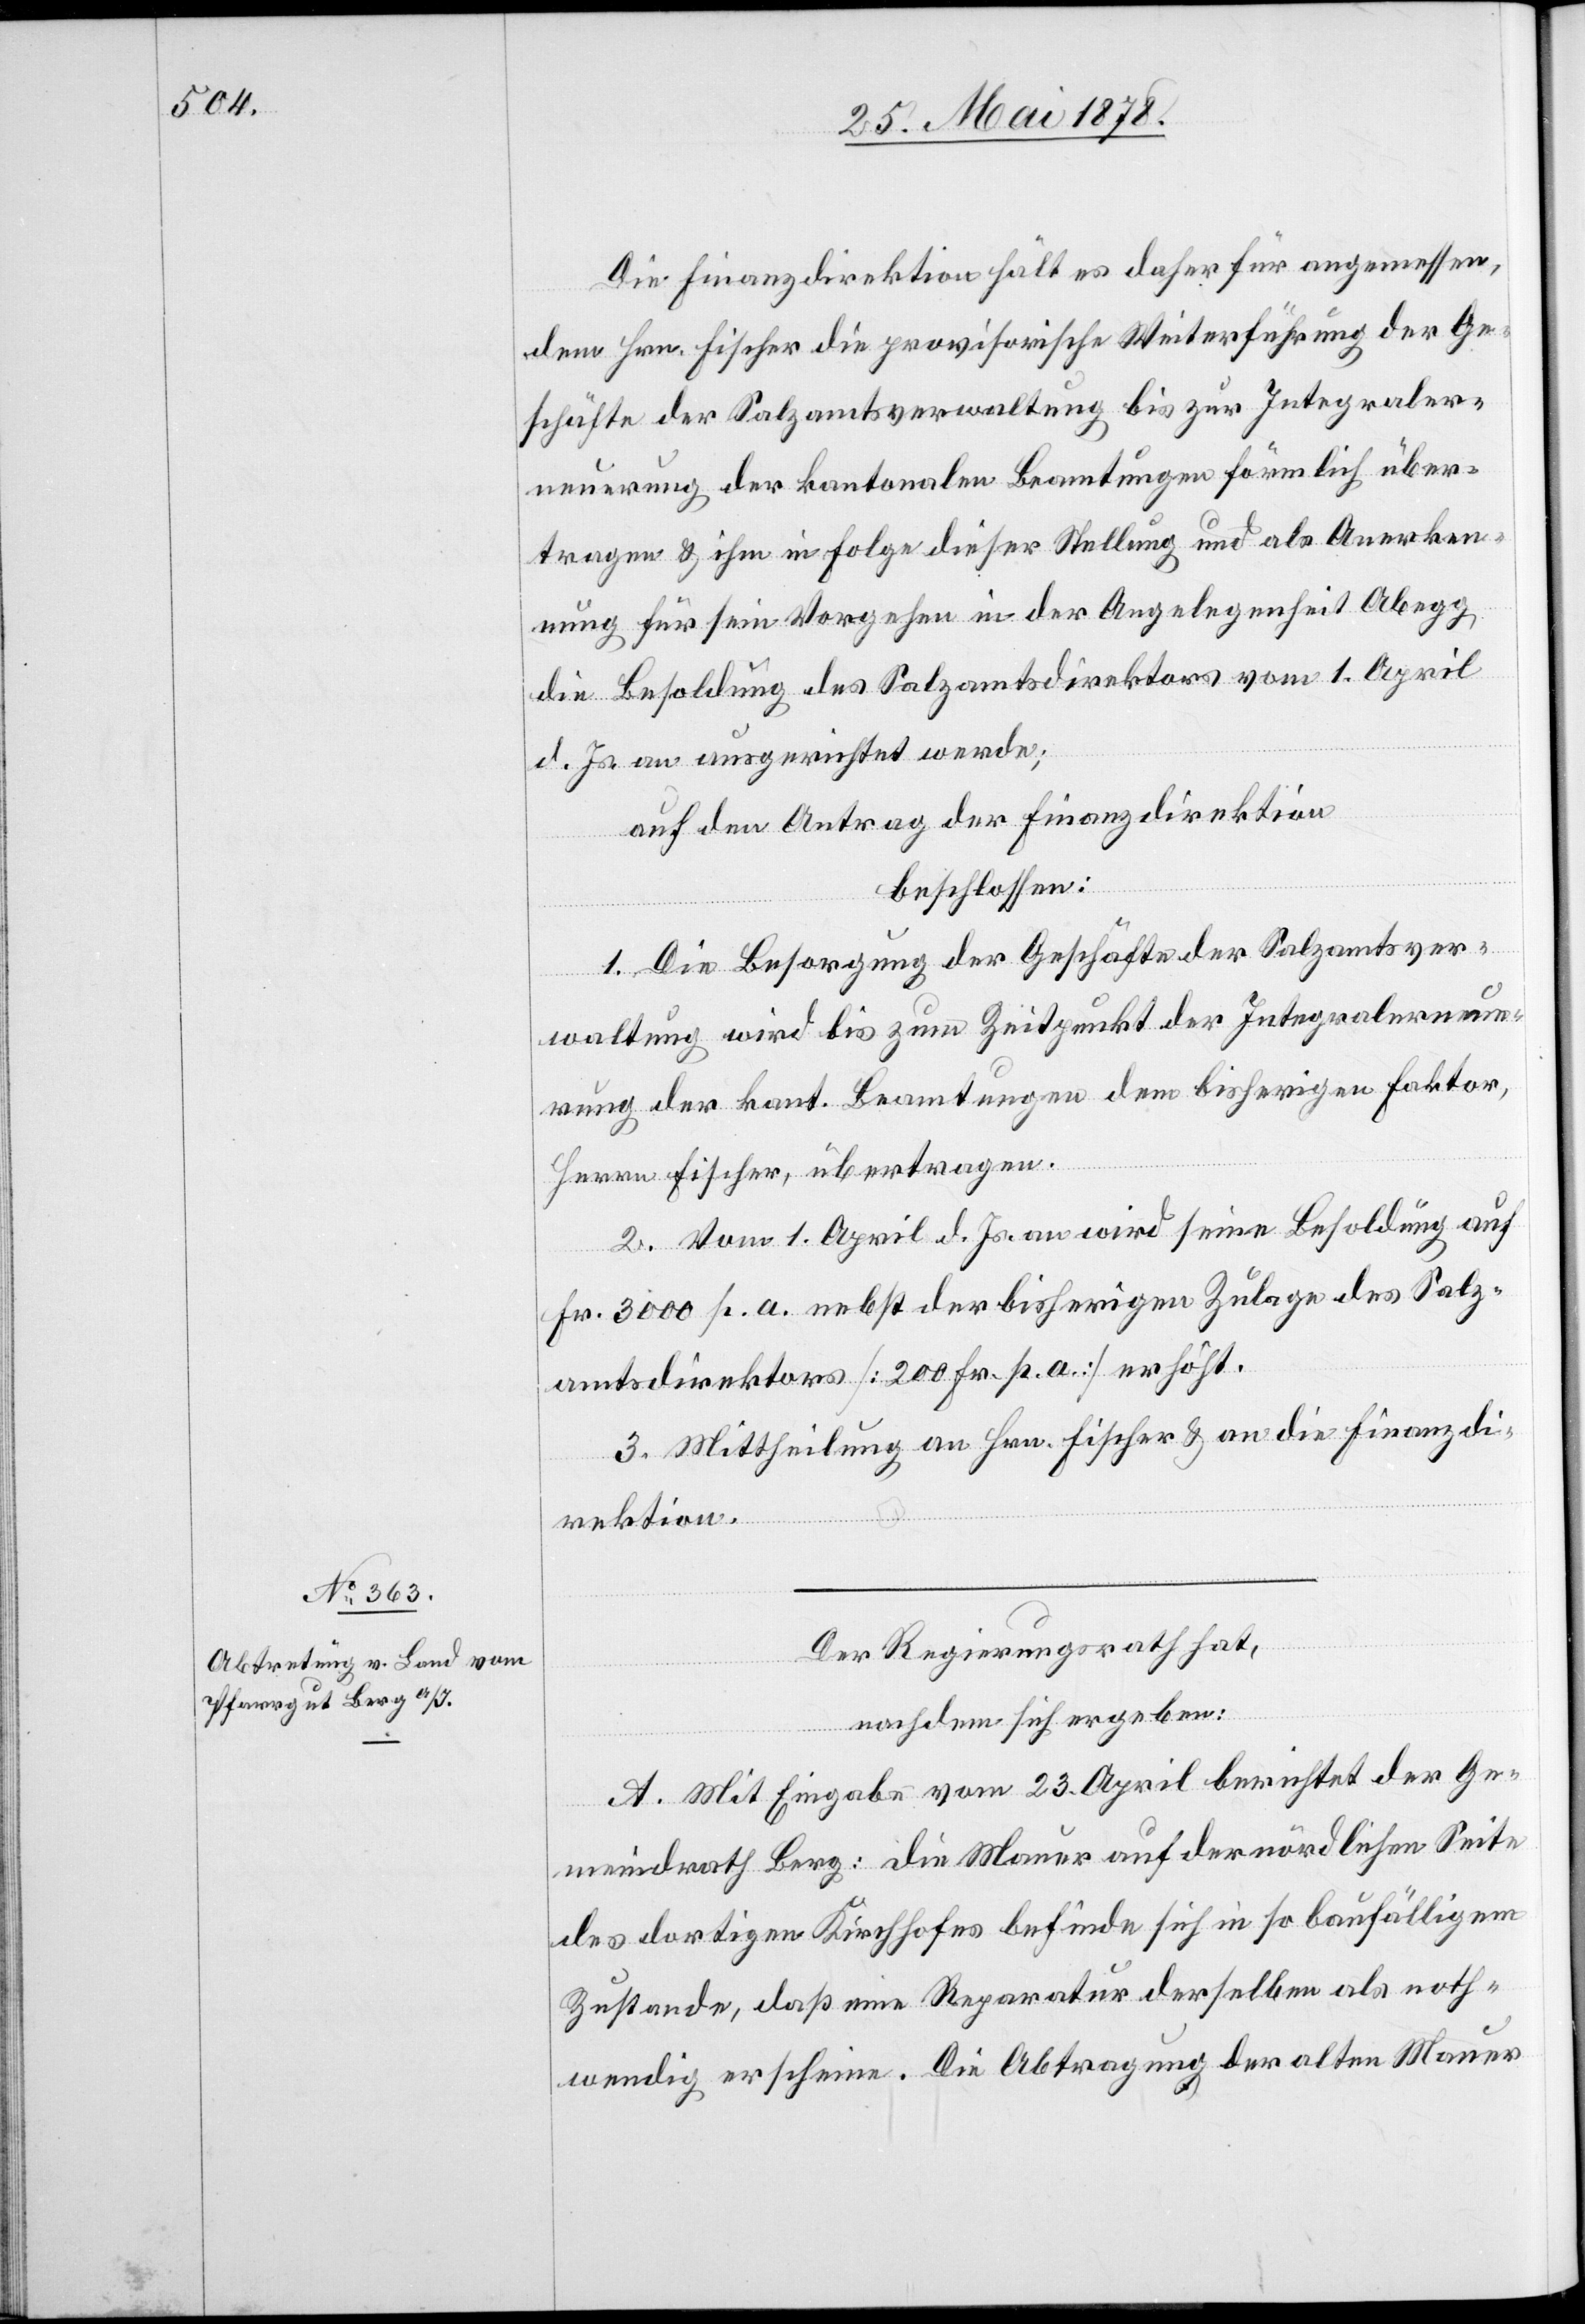
Die Finanzdirektion hält es daher für angemessen,
dem Hrn. Fischer die provisorische Weiterführung der Ge¬
schäfte der Salzamtsverwaltung bis zur Integraler¬
neuerung der kantonalen Beamtungen förmlich über¬
tragen & ihm in Folge dieser Stellung und als Anerken¬
nung für sein Vorgehen in der Angelegenheit Abegg
die Besoldung des Salzamtsdirektors vom 1. April
d. Js. an ausgerichtet werde;
auf den Antrag der Finanzdirektion
beschlossen:
1. Die Besorgung der Geschäfte der Salzamtsver¬
waltung wird bis zum Zeitpunkt der Integralerneue¬
rung der kant. Beamtungen dem bisherigen Faktor,
Herrn Fischer, übertragen.
2. Vom 1. April d. Js. an wird seine Besoldung auf
Fr. 3000 p. a. nebst der bisherigen Zulage des Salz¬
amtsdirektors [200 Fr. p. a.] erhöht.
3. Mittheilung an Hrn. Fischer & an die Finanzdi¬
rektion.
Der Regierungsrath hat,
A. Mit Eingabe vom 23. April berichtet der Ge¬
meindrath Berg: die Mauer auf der nördlichen Seite
des dortigen Kirchhofes befinde sich in so baufälligem
Zustande, daß eine Reparatur derselben als noth¬
wendig erscheine. Die Abtragung der alten Mauer